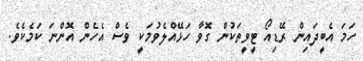
ހަމަ އެބީދައިން ރޭޑިއޯ ޓީވީތަކުން ގޮވާ ހަޅޭއްލެވުމަކީ ވެސް އެހެން އޮންނަ ކަމެކެވެ.